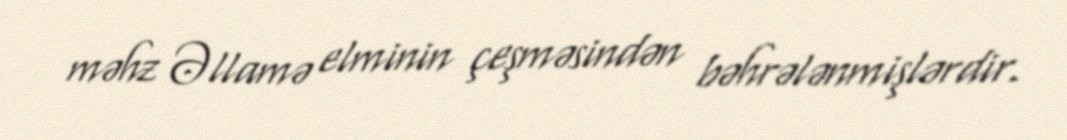
məhz Əllamə elminin çeşməsindən bəhrələnmişlərdir.